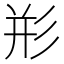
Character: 𰐨